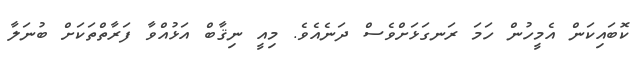
ކޮބައިކަން އެމީހުން ހަމަ ރަނގަޅަށްވެސް ދަނެއެވެ. މިއީ ނިޤާބް އަޅުއްވާ ފަރާތްތަކަށް ބުނަލާ